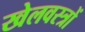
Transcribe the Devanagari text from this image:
खेलवस्त्रों